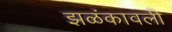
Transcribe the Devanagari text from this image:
झळंकावली